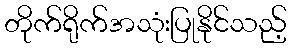
တိုက်ရိုက်အသုံးပြုနိုင်သည့်